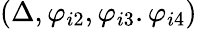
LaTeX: (\Delta,\varphi_{i2},\varphi_{i3}.\varphi_{i4})